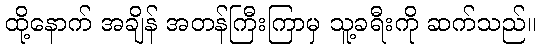
ထို့နောက် အချိန် အတန်ကြီးကြာမှ သူ့ခရီးကို ဆက်သည်။